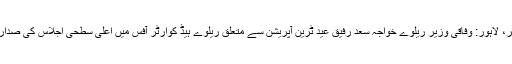
لاہور کی تصاویر، لاہور: وفاقی وزیر ریلوے خواجہ سعد رفیق عید ٹرین آپریشن سے متعلق ریلوے ہیڈ کوارٹر آفس میں اعلیٰ سطحی اجلاس کی صدارت کر رہے ہیں۔